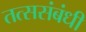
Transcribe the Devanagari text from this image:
तत्ससंबंधी